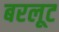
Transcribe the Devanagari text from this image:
बरलूट